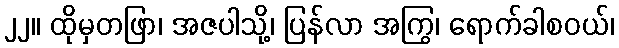
၂၂။ ထိုမှတဖြာ၊ အဇပါသို့၊ ပြန်လာ အကြွ၊ ရောက်ခါစဝယ်၊